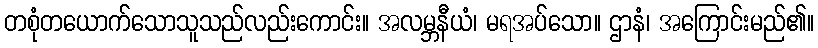
တစုံတယောက်သောသူသည်လည်းကောင်း။ အလမ္ဘနီယံ၊ မရအပ်သော။ ဌာနံ၊ အကြောင်းမည်၏။